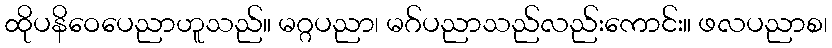
ထိုပနိဝေပေညာဟူသည်။ မဂ္ဂပညာ၊ မဂ်ပညာသည်လည်းကောင်း။ ဖလပညာစ၊